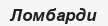
Ломбарди